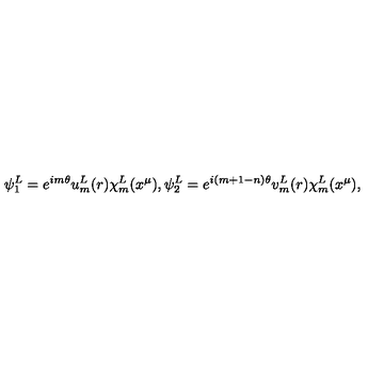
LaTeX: \psi _ { 1 } ^ { L } = e ^ { i m \theta } u _ { m } ^ { L } ( r ) \chi _ { m } ^ { L } ( x ^ { \mu } ) , \psi _ { 2 } ^ { L } = e ^ { i ( m + 1 - n ) \theta } v _ { m } ^ { L } ( r ) \chi _ { m } ^ { L } ( x ^ { \mu } ) ,